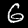
Label: 6